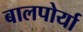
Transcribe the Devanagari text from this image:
बालपोर्या